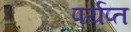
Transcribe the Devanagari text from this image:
पर्यप्त